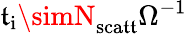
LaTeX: \mathfrak{t}_{\mathrm{{i}}}\simN_{\mathrm{{sca\mathfrak{t}\mathfrak{t}}}}\Omega^{-1}